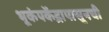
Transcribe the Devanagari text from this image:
भूकंपकेंद्रापासूनची